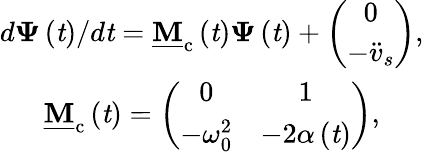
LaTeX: \begin{array}{c}{d\boldsymbol{\Psi}\left(\mathit{t}\right)/d\mathit{t}=\mathbf{\underline{{M}}}_{\mathrm{c}}\left(\mathit{t}\right)\boldsymbol{\Psi}\left(\mathit{t}\right)+\left(\begin{array}{c}{0}\\ {-\ddot{v}_{s}}\end{array}\right),}\\ {\mathbf{\underline{{M}}}_{\mathrm{c}}\left(\mathit{t}\right)=\left(\begin{array}{cc}{0}&{1}\\ {-\omega_{0}^{2}}&{-2\alpha\left(\mathit{t}\right)}\end{array}\right),}\end{array}